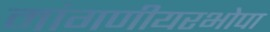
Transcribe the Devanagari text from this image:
मांगणीयरभोपा